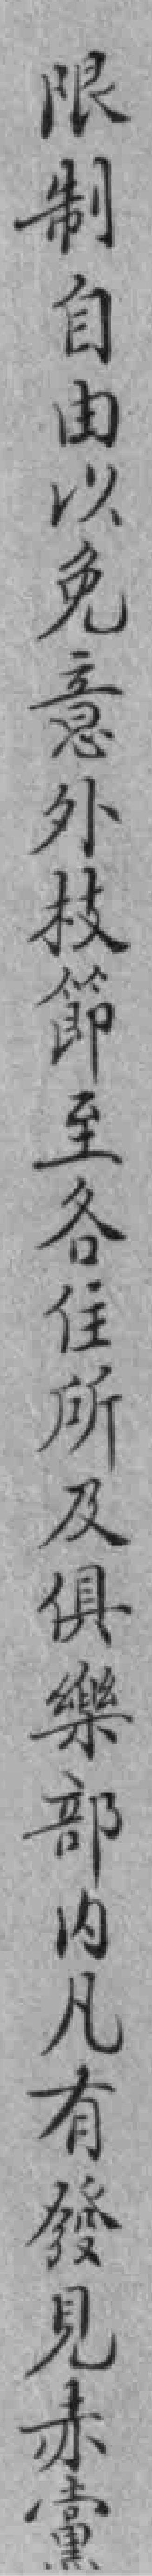
限制自由以免意外枝節至各住所及俱樂部内凡有發見赤黨